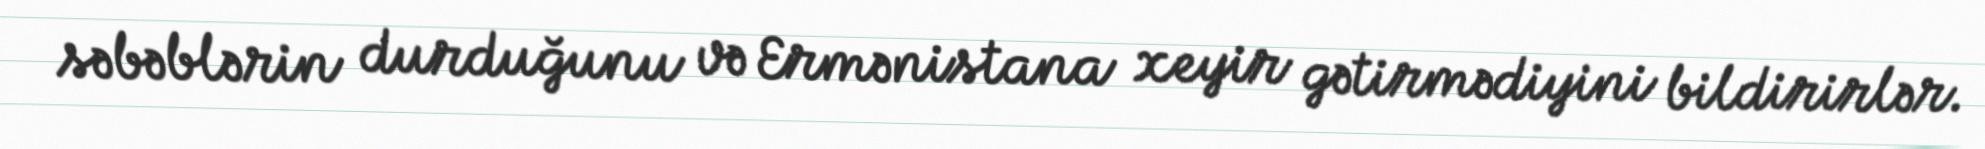
səbəblərin durduğunu və Ermənistana xeyir gətirmədiyini bildirirlər.